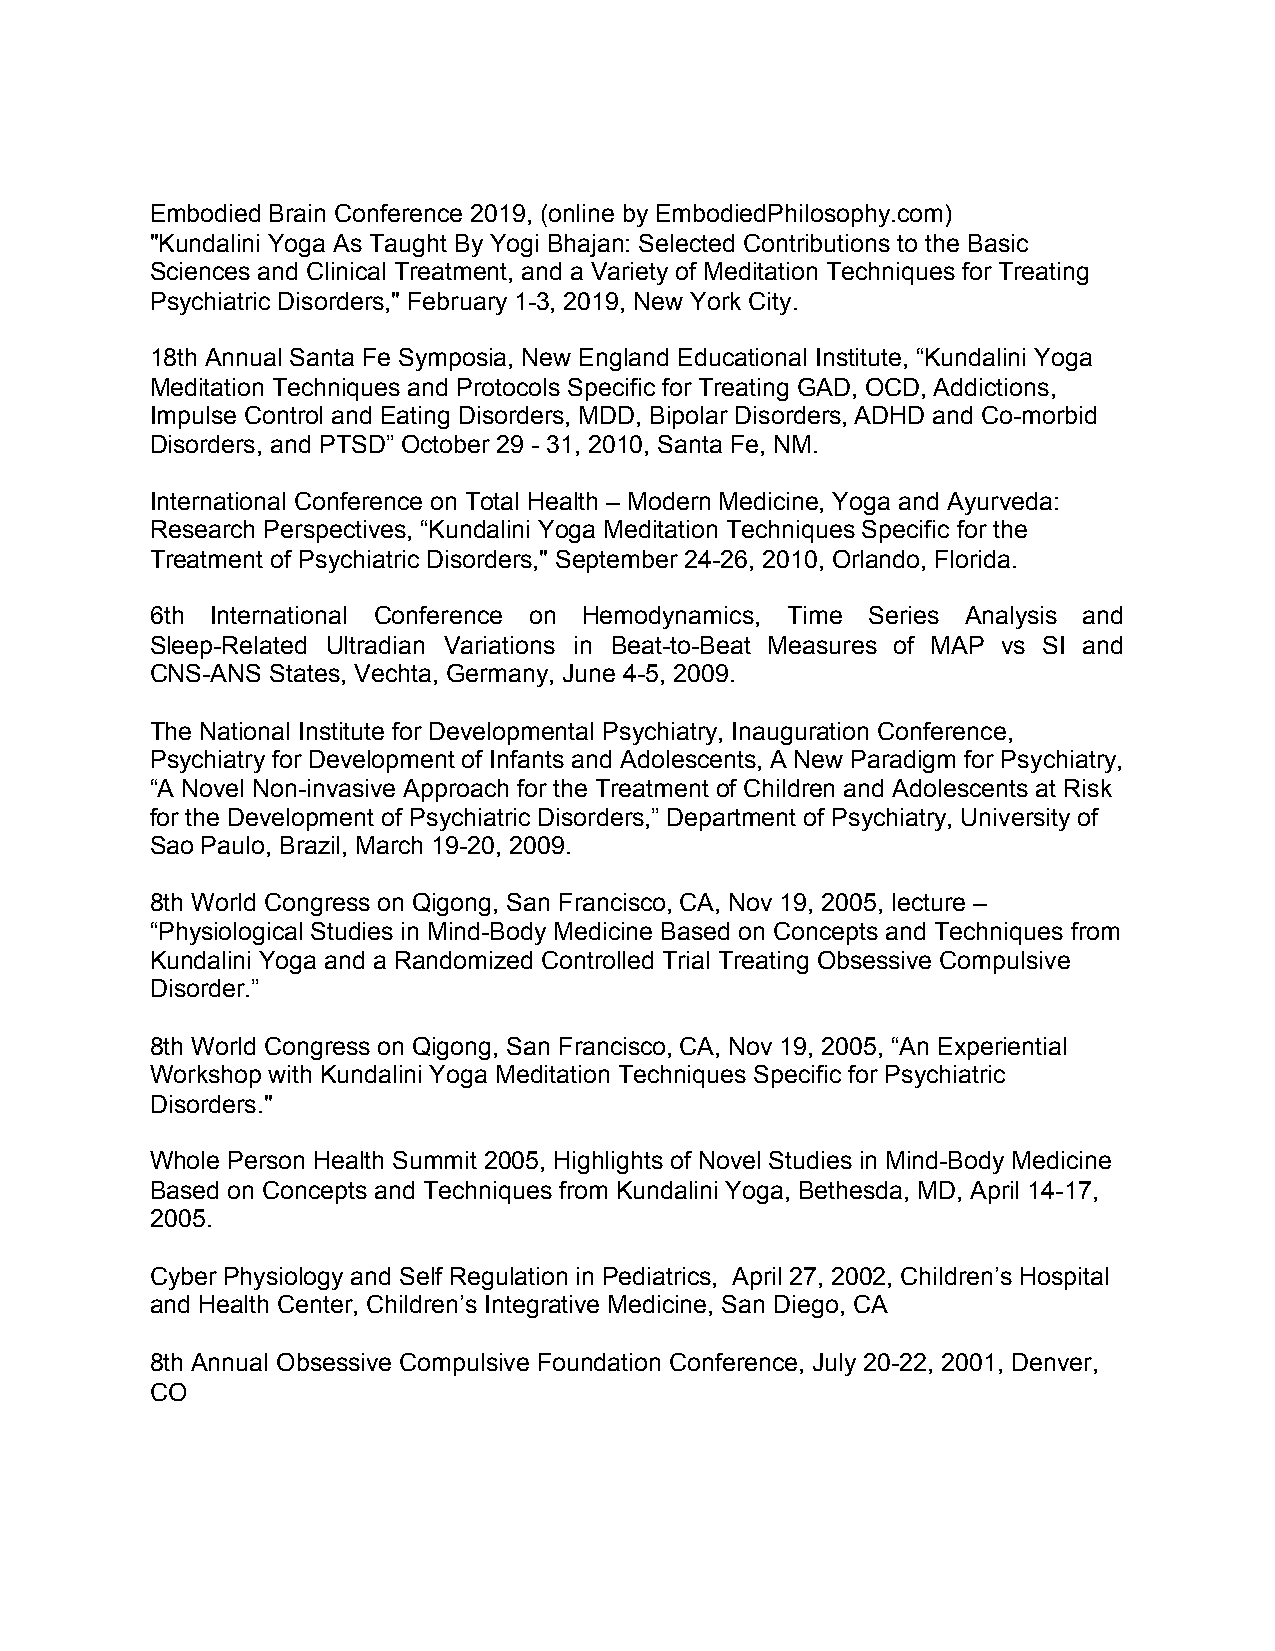
Embodied Brain Conference 2019, (online by EmbodiedPhilosophy.com)
 "Kundalini Yoga As Taught By Yogi Bhajan: Selected Contributions to the Basic
 Sciences and Clinical Treatment, and a Variety of Meditation Techniques for Treating
 Psychiatric Disorders," February 1-3, 2019, New York City.
 18th Annual Santa Fe Symposia, New England Educational Institute, “Kundalini Yoga
 Meditation Techniques and Protocols Specific for Treating GAD, OCD, Addictions,
 Impulse Control and Eating Disorders, MDD, Bipolar Disorders, ADHD and Co-morbid
 Disorders, and PTSD” October 29 - 31, 2010, Santa Fe, NM.
 International Conference on Total Health – Modern Medicine, Yoga and Ayurveda:
 Research Perspectives, “Kundalini Yoga Meditation Techniques Specific for the
 Treatment of Psychiatric Disorders," September 24-26, 2010, Orlando, Florida.
 6th International Conference on Hemodynamics, Time Series Analysis and
 Sleep-Related Ultradian Variations in Beat-to-Beat Measures of MAP vs SI and
 CNS-ANS States, Vechta, Germany, June 4-5, 2009.
 The National Institute for Developmental Psychiatry, Inauguration Conference,
 Psychiatry for Development of Infants and Adolescents, A New Paradigm for Psychiatry,
 “A Novel Non-invasive Approach for the Treatment of Children and Adolescents at Risk
 for the Development of Psychiatric Disorders,” Department of Psychiatry, University of
 Sao Paulo, Brazil, March 19-20, 2009.
 8th World Congress on Qigong, San Francisco, CA, Nov 19, 2005, lecture –
 “Physiological Studies in Mind-Body Medicine Based on Concepts and Techniques from
 Kundalini Yoga and a Randomized Controlled Trial Treating Obsessive Compulsive
 Disorder.”
 8th World Congress on Qigong, San Francisco, CA, Nov 19, 2005, “An Experiential
 Workshop with Kundalini Yoga Meditation Techniques Specific for Psychiatric
 Disorders."
 Whole Person Health Summit 2005, Highlights of Novel Studies in Mind-Body Medicine
 Based on Concepts and Techniques from Kundalini Yoga, Bethesda, MD, April 14-17,
 2005.
 Cyber Physiology and Self Regulation in Pediatrics, April 27, 2002, Children’s Hospital
 and Health Center, Children’s Integrative Medicine, San Diego, CA
 8th Annual Obsessive Compulsive Foundation Conference, July 20-22, 2001, Denver,
 CO